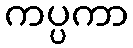
ကပ္ပကာ